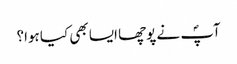
آپؐ نے پوچھا ایسا بھی کیا ہوا؟